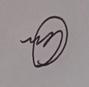
Signature authenticity: genuine